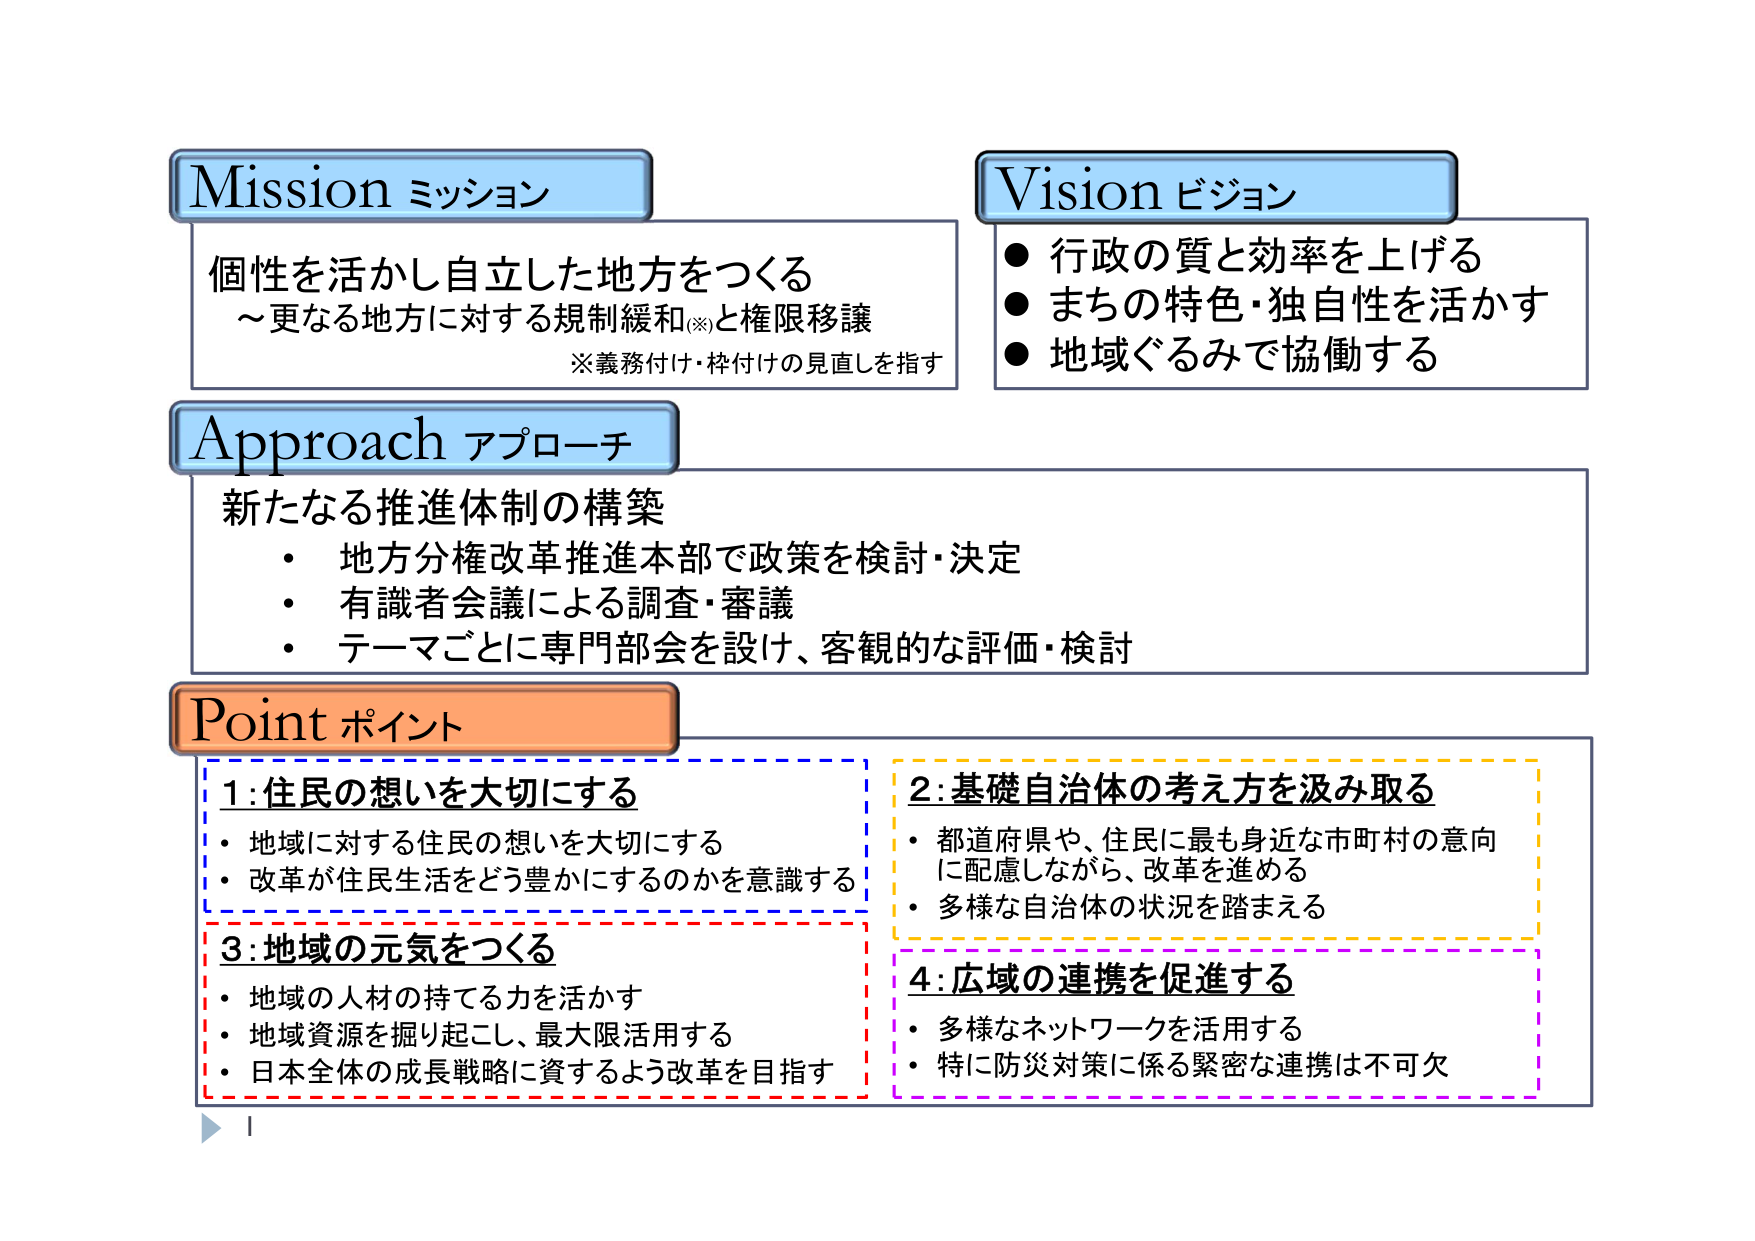
Mission ミッション
個性を活かし自立した地方をつくる
～更なる地方に対する規制緩和(※)と権限移譲
※義務付け・枠付けの見直しを指す

Vision ビジョン
● 行政の質と効率を上げる
● まちの特色・独自性を活かす
● 地域ぐるみで協働する

Approach アプローチ
新たなる推進体制の構築
・ 地方分権改革推進本部で政策を検討・決定
・ 有識者会議による調査・審議
・ テーマごとに専門部会を設け、客観的な評価・検討

Point ポイント
1: 住民の想いを大切にする
・ 地域に対する住民の想いを大切にする
・ 改革が住民生活をどう豊かにするのかを意識する

2: 基礎自治体の考え方を汲み取る
・ 都道府県や、住民に最も身近な市町村の意向に配慮しながら、改革を進める
・ 多様な自治体の状況を踏まえる

3: 地域の元気をつくる
・ 地域の人材の持てる力を活かす
・ 地域資源を掘り起こし、最大限活用する
・ 日本全体の成長戦略に資するよう改革を目指す

4: 広域の連携を促進する
・ 多様なネットワークを活用する
・ 特に防災対策に係る緊密な連携は不可欠